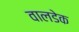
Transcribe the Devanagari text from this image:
वालडेक